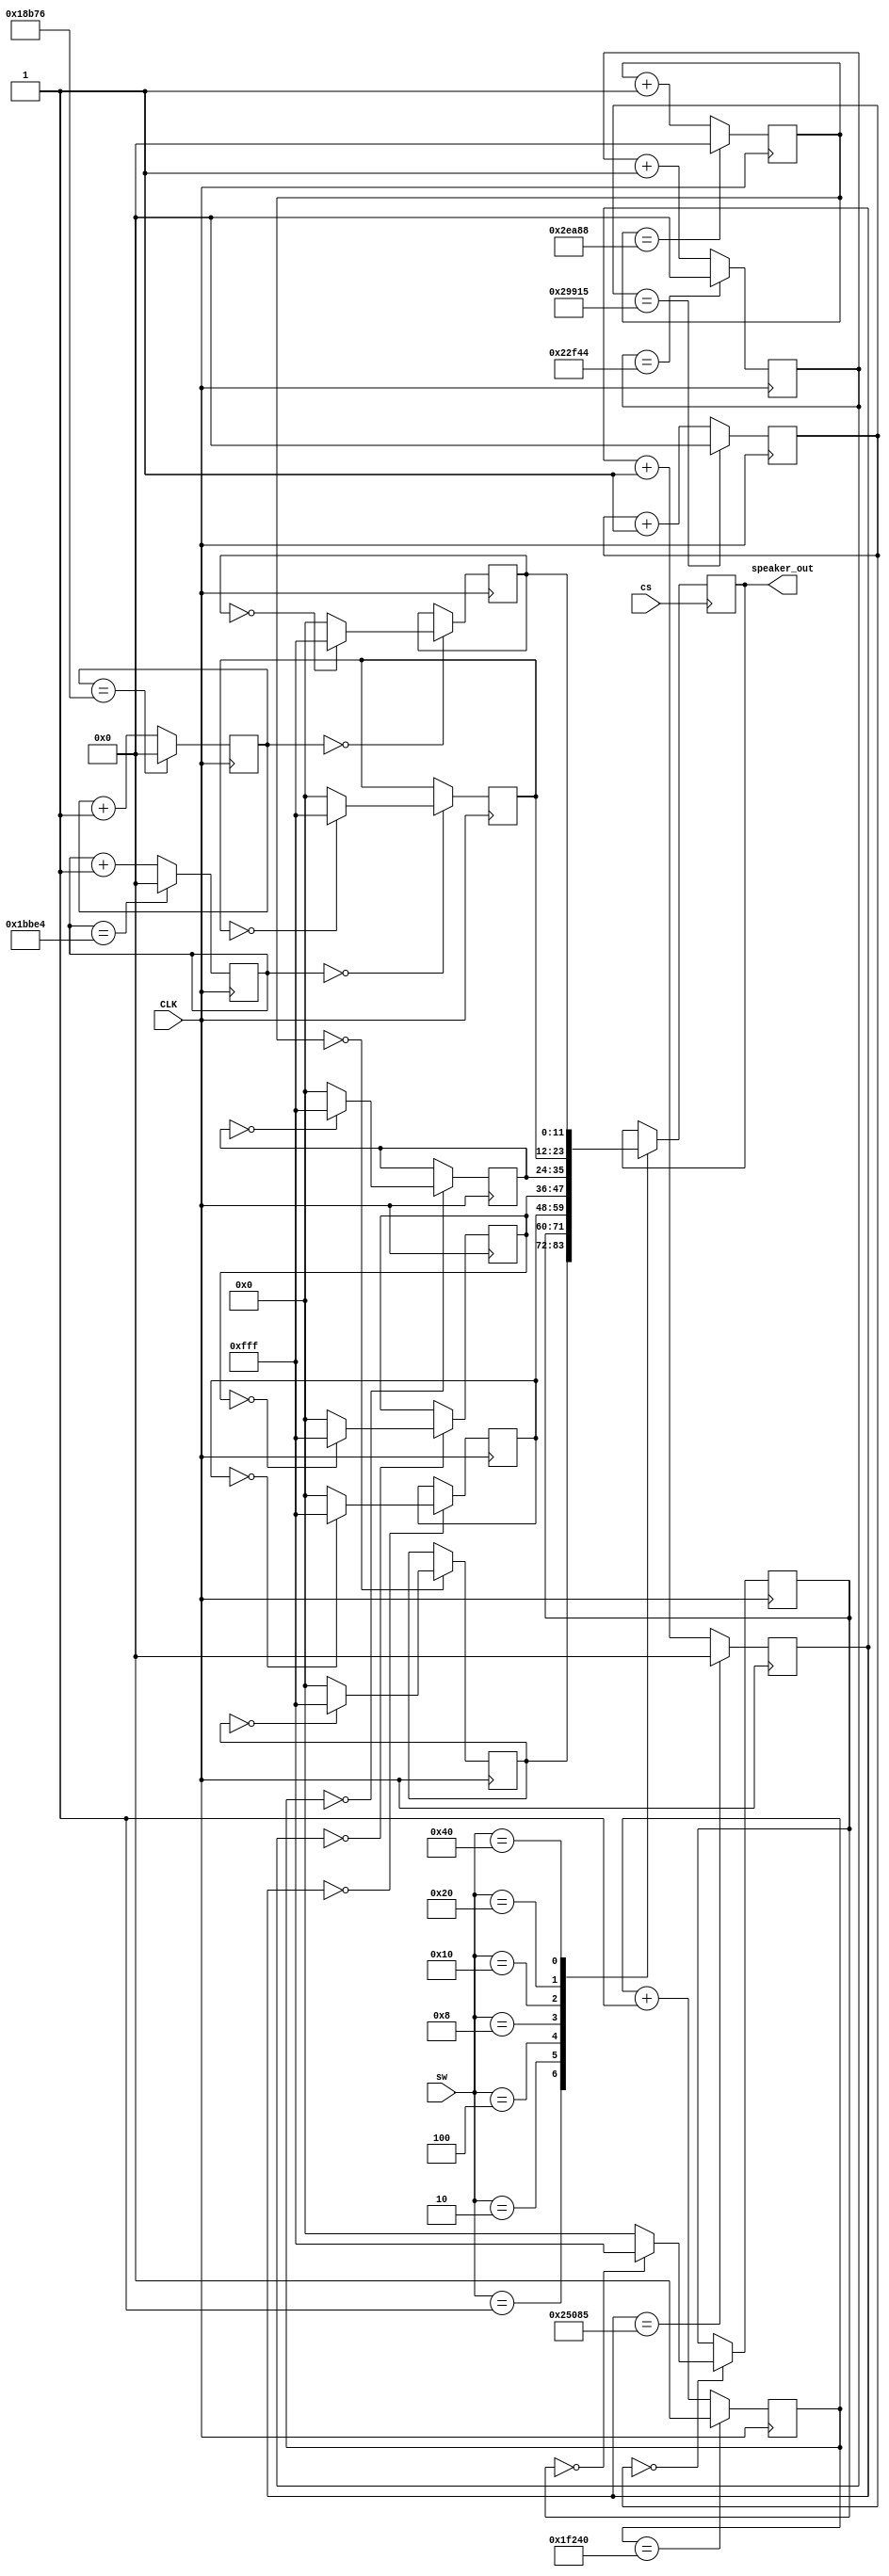
`timescale 1ns / 1ps
//////////////////////////////////////////////////////////////////////////////////
// Company: 
// Engineer: 
// 
// Design Name: 
// Module Name: slow_module
// Project Name: 
// Target Devices: 
// Tool Versions: 
// Description: 
// 
// Dependencies: 
// 
// Revision:
// Revision 0.01 - File Created
// Additional Comments:
// 
//////////////////////////////////////////////////////////////////////////////////


module slow_module(input CLK, input cs, input [6:0] sw, output reg [11:0] speaker_out);
    reg [17:0] COUNT[0:6] ;
    reg [11:0] DOH;
    reg [11:0] RE;
    reg [11:0] MI;
    reg [11:0] FA;
    reg [11:0] SOH;
    reg [11:0] LA;
    reg [11:0] TI;
    
    initial begin
        DOH = 0;
        RE = 0;
        MI = 0;
        FA = 0;
        SOH = 0;
        LA = 0;
        TI = 0;
        COUNT[0]=0;
        COUNT[1]=0;
        COUNT[2]=0;
        COUNT[3]=0;
        COUNT[4]=0;
        COUNT[5]=0;
        COUNT[6]=0;
        speaker_out=0; 
    end
    
    always @ (posedge CLK) begin
        COUNT[0] <= (COUNT[0] == 191112) ? 0 : COUNT[0]+1;
        DOH <= (COUNT[0] == 0) ? ((DOH==0)? 12'b111111111111 : 0) : DOH ;
    end
    
    always @ (posedge CLK) begin
        COUNT[1] <= (COUNT[1] == 170261) ? 0 : COUNT[1]+1;
        RE <= (COUNT[1] == 0) ? ((RE==0)? 12'b111111111111 : 0) : RE ;
    end
    
    always @ (posedge CLK) begin
        COUNT[2] <= (COUNT[2] == 151685) ? 0 : COUNT[2]+1;
        MI <= (COUNT[2] == 0) ? ((MI==0)? 12'b111111111111 : 0) : MI ;
    end
    
    always @ (posedge CLK) begin
        COUNT[3] <= (COUNT[3] == 143172) ? 0 : COUNT[3]+1;
        FA <= (COUNT[3] == 0) ? ((FA==0)? 12'b111111111111 : 0) : FA ;
    end
    
    always @ (posedge CLK) begin
        COUNT[4] <= (COUNT[4] == 127552) ? 0 : COUNT[4]+1;
        SOH <= (COUNT[4] == 0) ? ((SOH==0)? 12'b111111111111 : 0) : SOH ;
    end
    
    always @ (posedge CLK) begin
        COUNT[5] <= (COUNT[5] == 113636) ? 0 : COUNT[5]+1;
        LA <= (COUNT[5] == 0) ? ((LA==0)? 12'b111111111111 : 0) : LA ;
    end
 
    always @ (posedge CLK) begin
        COUNT[6] <= (COUNT[6] == 101238) ? 0 : COUNT[6]+1;
        TI <= (COUNT[6] == 0) ? ((TI==0)? 12'b111111111111 : 0) : TI ;
    end
    
    always @(posedge cs)
    begin
        case (sw) 
            7'b0000001: speaker_out <= DOH[11:0]; 
            7'b0000010: speaker_out <= RE[11:0]; 
            7'b0000100: speaker_out <= MI[11:0]; 
            7'b0001000: speaker_out <= FA[11:0]; 
            7'b0010000: speaker_out <= SOH[11:0]; 
            7'b0100000: speaker_out <= LA[11:0]; 
            7'b1000000: speaker_out <= TI[11:0]; 
        endcase
    end
endmodule